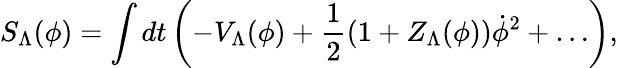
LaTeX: S_{\Lambda}(\phi)=\int dt\left(-V_{\Lambda}(\phi)+{\frac{1}{2}}(1+Z_{\Lambda}(\phi))\dot{\phi}^{2}+\ldots\right),